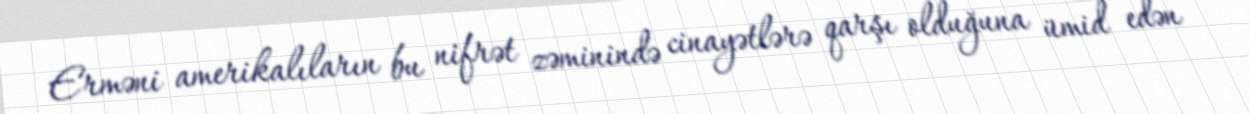
Erməni amerikalıların bu nifrət zəminində cinayətlərə qarşı olduğuna ümid edən